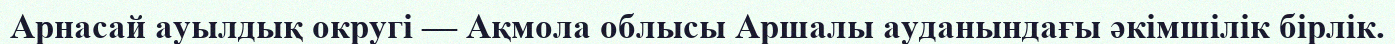
Арнасай ауылдық округі — Ақмола облысы Аршалы ауданындағы әкімшілік бірлік.